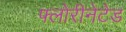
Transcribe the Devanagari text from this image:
फ्लोरीनेटेड